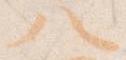
八